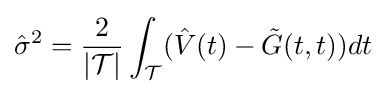
{\hat {\sigma }}^{2}={\frac {2}{|{\mathcal {T}}|}}\int _{\mathcal {T}}({\hat {V}}(t)-{\tilde {G}}(t,t))dt